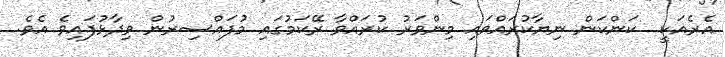
އެރެއަކީ  ކަންކަން ނިޔާކުރައްވައި މިންވަރު ކުރައްވާ ރޭކަމުގައި މުފައްސިރުން ވިދާޅުފައިވެ އެވެ.